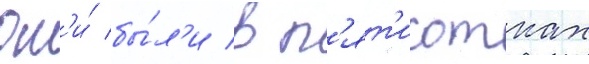
Он'и́ бы́л'и в п'ят'исотках